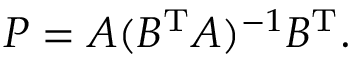
P = A ( B ^ { \mathrm { T } } A ) ^ { - 1 } B ^ { \mathrm { T } } .